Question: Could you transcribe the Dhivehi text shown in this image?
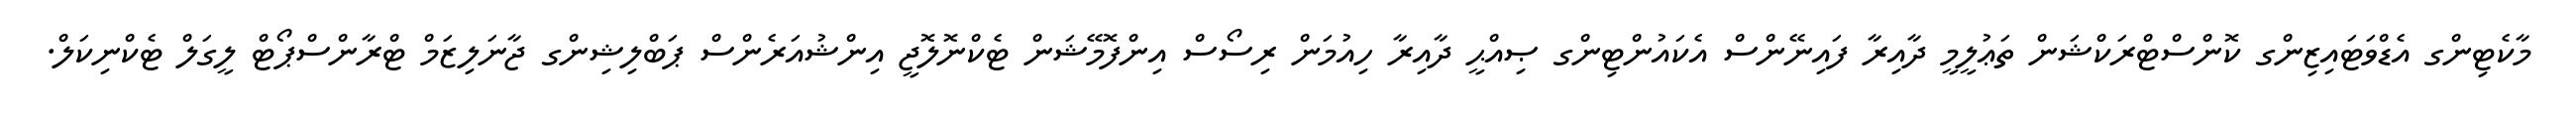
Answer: މާކެޓިންގ އެޑްވަޓައިޒިންގ ކޮންސްޓްރަކްޝަން ތަޢުލީމީ ދާއިރާ ފައިނޭންސް އެކައުންޓިންގ ޞިއްޙީ ދާއިރާ ހިއުމަން ރިސޯސް އިންފޮމޭޝަން ޓެކްނޮލޮޖީ އިންޝުއަރެންސް ޕަބްލިޝިންގ ޖާނަލިޒަމް ޓްރާންސްޕޯޓް ލީގަލް ޓެކްނިކަލް.